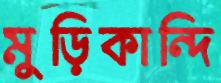
মুড়িকান্দি